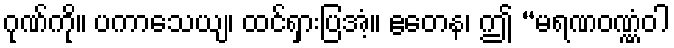
ဂုဏ်ကို။ ပကာသေယျ၊ ထင်ရှားပြအံ့။ ဧတေန၊ ဤ “မရဏဝဏ္ဏံဝါ